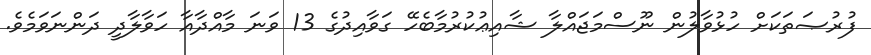
ފުރުޞަތަކަށް ހުޅުވާލުން ނޫސްމަޖައްލާ ޝާއިޢުކުރުމާބެހޭ ގަވާއިދުގެ 13 ވަނަ މާއްދާއާ ހަވާލާދީ ދަންނަވަމެވެ.